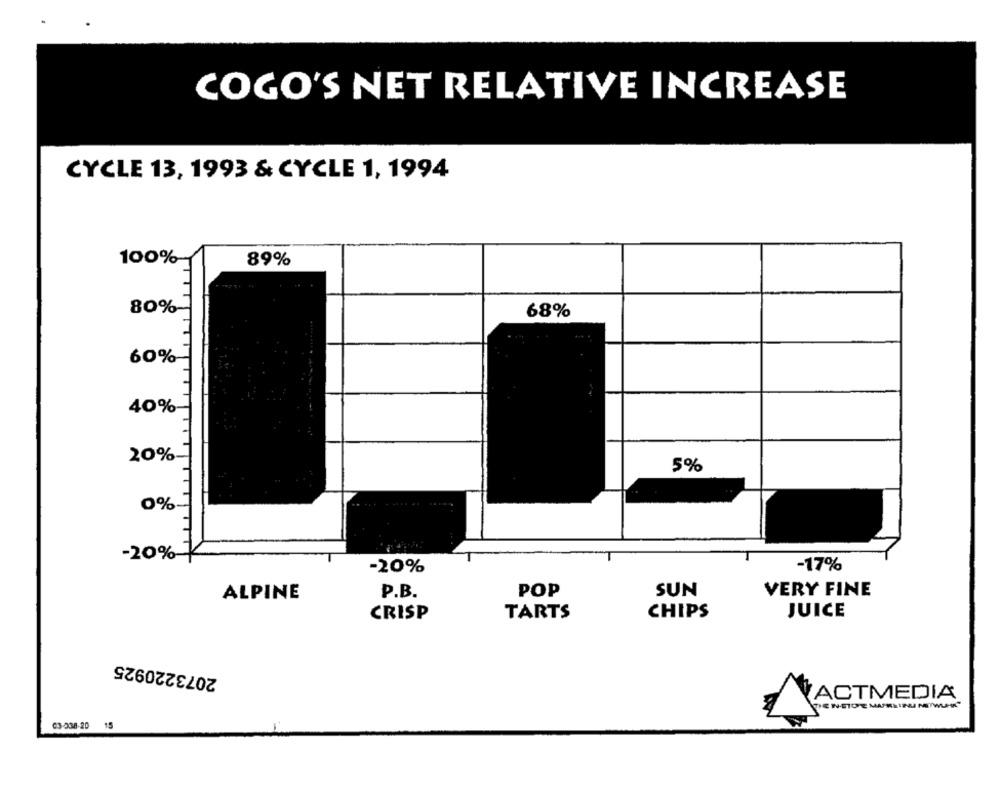
COGO'S NET RELATIVE INCREASE
CYCLE 13, 1993 & CYCLE 1, 1994
100%
89%
80%-
68%
60%
40%
20%
5%
0%
-20%-
-20%
-17%
P.B.
POP
SUN
VERY FINE
ALPINE
CRISP
TARTS
CHIPS
JUICE
2073220925
ACTMEDIA
03-038-20
15